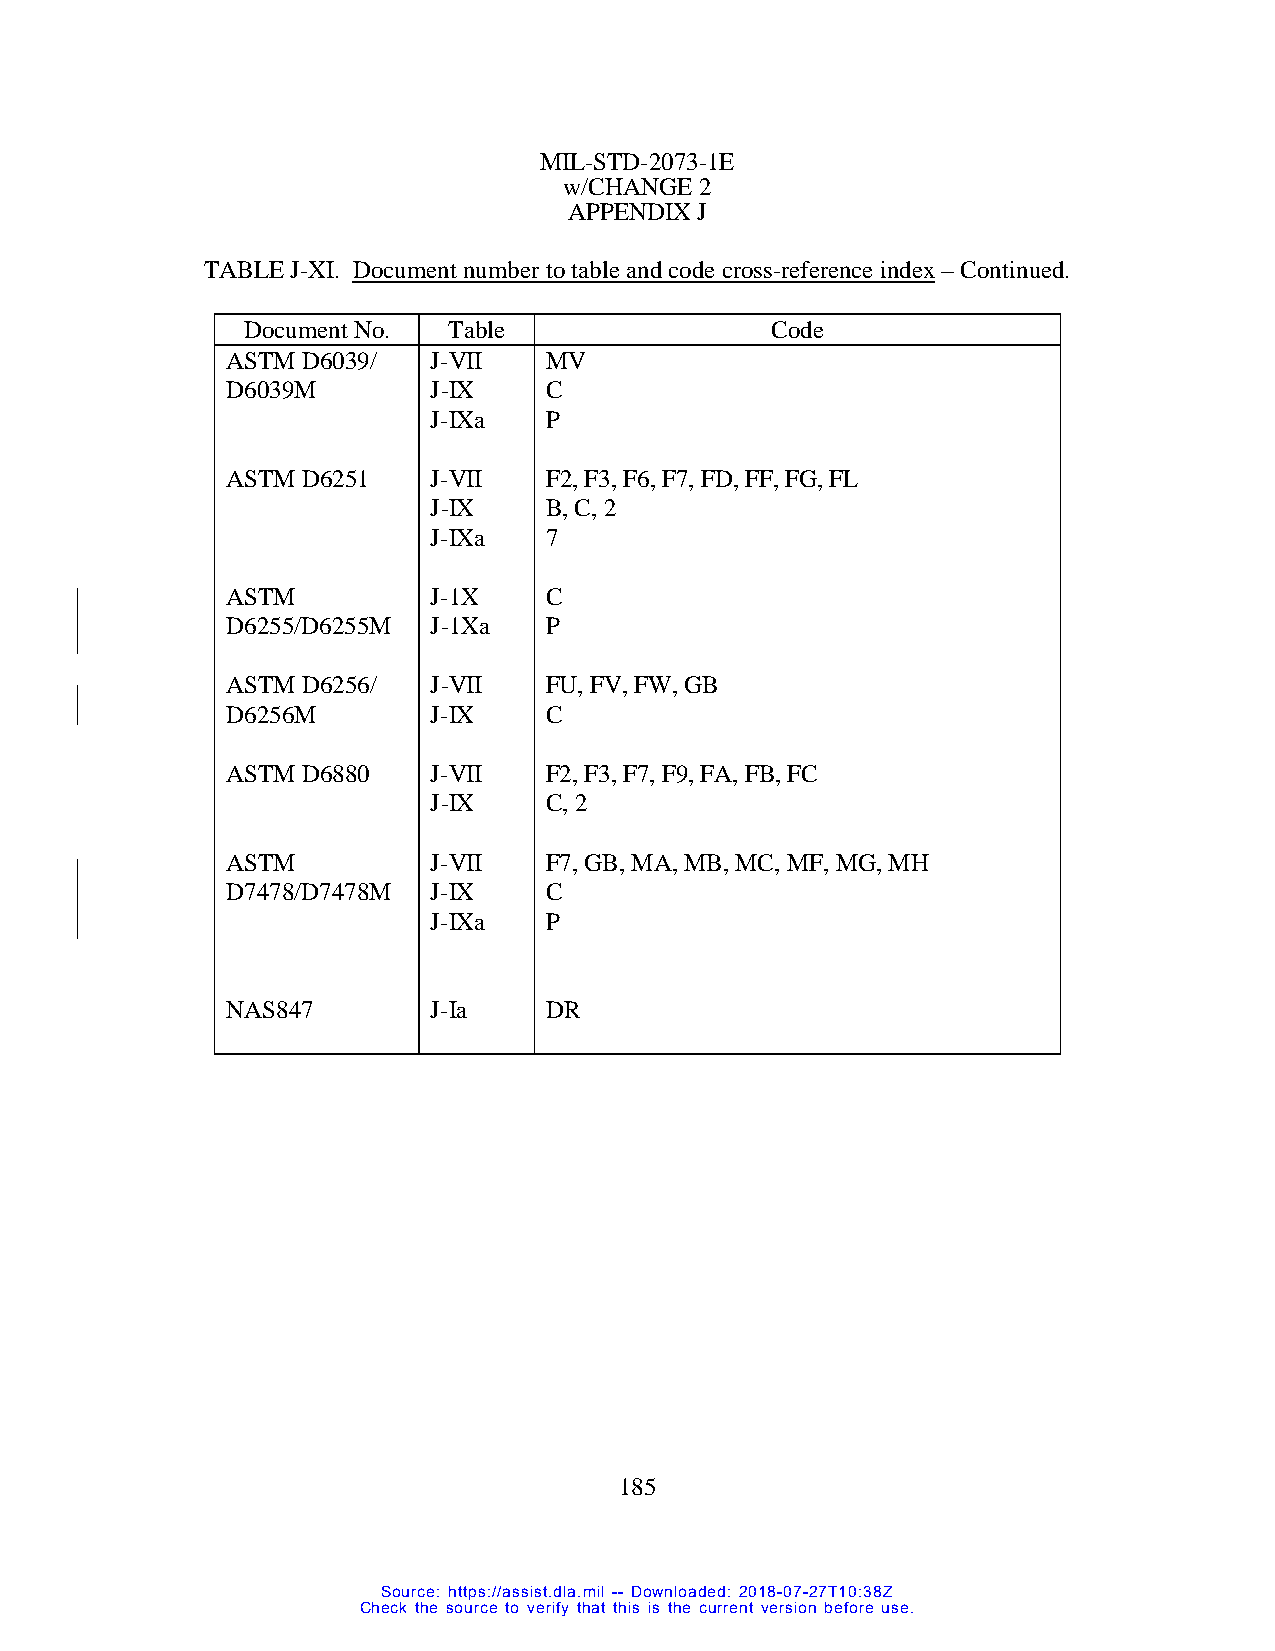
MIL-STD-2073-1E
 w/CHANGE 2
 APPENDIX J
 TABLE J-XI. Document number to table and code cross-reference index – Continued.
 Document No.  Table                Code
 ASTM D6039/   J-VII  MV
 D6039M        J-IX   C
 J-IXa  P
 ASTM D6251    J-VII  F2, F3, F6, F7, FD, FF, FG, FL
 J-IX   B, C, 2
 J-IXa  7
 ASTM          J-1X   C
 D6255/D6255M  J-1Xa  P
 ASTM D6256/   J-VII  FU, FV, FW, GB
 D6256M        J-IX   C
 ASTM D6880    J-VII  F2, F3, F7, F9, FA, FB, FC
 J-IX   C, 2
 ASTM          J-VII  F7, GB, MA, MB, MC, MF, MG, MH
 D7478/D7478M  J-IX   C
 J-IXa  P
 NAS847        J-Ia   DR
 185
 Source: https://assist.dla.mil -- Downloaded: 2018-07-27T10:38Z
 Check the source to verify that this is the current version before use.